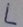
Text: L